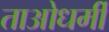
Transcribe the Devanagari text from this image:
ताओधर्मी